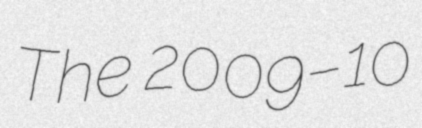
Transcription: The 2009–10